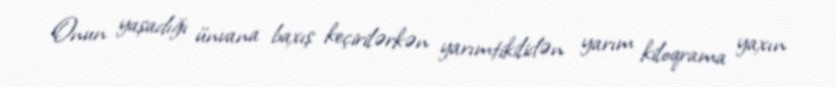
Onun yaşadığı ünvana baxış keçirilərkən yarımtikilidən yarım kiloqrama yaxın